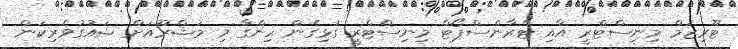
ޓޫރިޒަމް މިނިސްޓްރީ އާއި ޓްރާންސްޕޯޓް މިނިސްޓްރީ ގުޅިގެން ހިންގާ މި މަޝްރޫއަށް ޝައުގުވެރިކަން